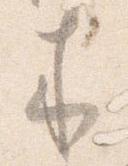
来